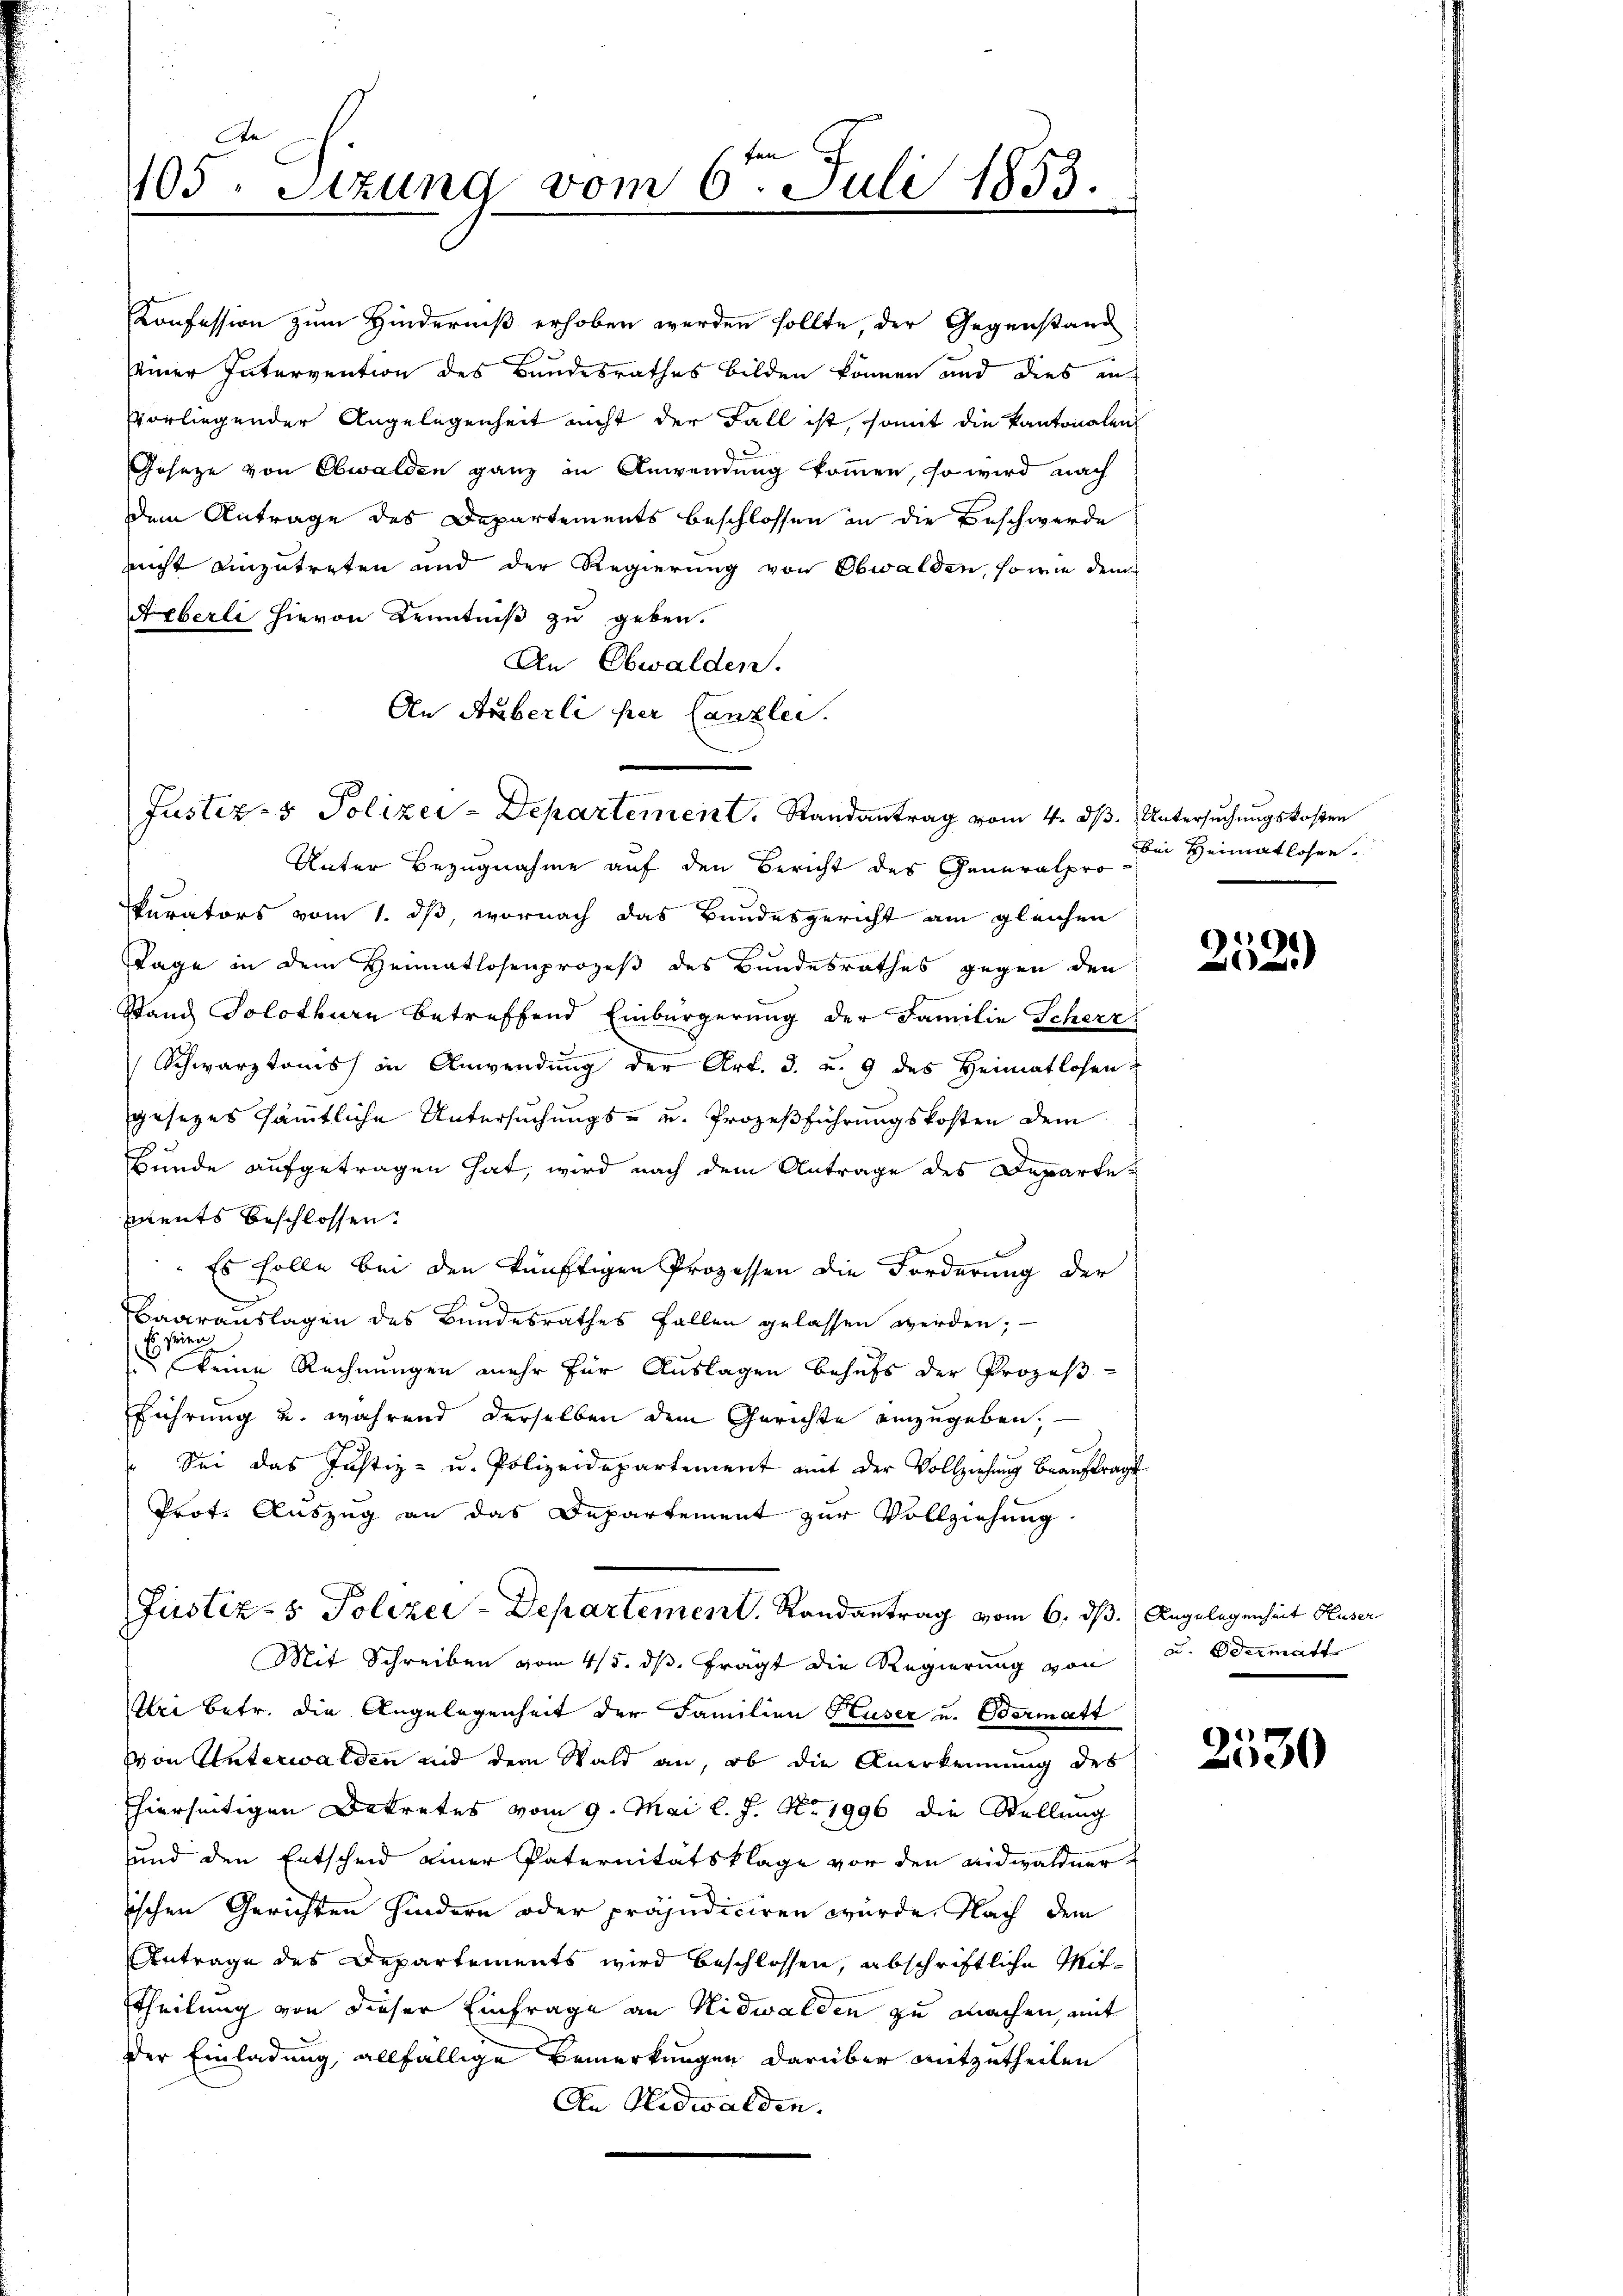
Ae
105. Sitzung vom 6ten Juli 1853.

Konfession zum Hinderniß erhoben werden sollte, der Gegenstand
einer Intervention des Bundesrathes bilden können und dies in
vorliegender Angelegenheit nicht der Fall ist, somit die Kantonalen
Gesetze von Obwalden ganz in Anwendung kommen, so wird nach
dem Antrage des Departements beschlossen in die Beschwerde
nicht einzutreten und der Regierung von Obwalden, sowie dem
Aeberli hievon Kenntniß zu geben.
An Obwalden.
An Auberli per Canzlei.
Unter Bezugnahme auf den Bericht des Generalpro
kurators vom 1. dß, wornach das Bundesgericht am gleichen
TTage in dem Heimatlosenprozeß des Bundesrathes gegen den
Stand Solothurn betreffend Einbürgerung der Familie Scherz
d
Schwarztoms in Anwendung der Art. 3. u. 9 des Heimatlosen:
gesezes sämmtliche Untersuchungs- u. Prozeßführungskosten dem
Bunde aufgetragen hat, wird nach dem Antrage des Departe-
ments beschlossen:
" Es solle bei den künftigen Prozessen die Forderung der
d
Baarauslagen des Bundesrathes Fallen gelassen werden;
.
seien
7
keine Rechnungen mehr für Auslagen behufs der Prozeß-
führung u. während derselben dem Gerichte einzugeben.
" Sei das Justiz- u. Polizeidepartement mit der Vollziehung beauftragt
Prot. Auszug an das Departement zur Vollziehung
Justiz- & Polizei-Departement. Randantrag vom 6. dß. Angelegenheit Huser
Mit Schreiben vom 4/5. ds. fragt die Regierung von
Uri betr. die Angelegenheit der Familien Huser u. Odermatt
Von Unterwalden und dem Wald an, ob die Anerkennung des
hierseitigen Betretes vom 9. Mai l. J. No. 1996 die Stellung
sund den Entscheid einer Paternitätsklage vor den Nidwaldner
ischen Gerichten hindern oder präjudiciren würde. Nach dem
Antrage des Departements wird beschlossen, abschriftliche Mit¬
Theilung von dieser Einfrage an Nidwalden zu machen, mit
der Einladung, allfällige Bemerkungen darüber mitzutheilen
An Nidwalden.

Justiz- & Polizei-Departement. Randantrag vom 4. ds. Untersuchungskosten

bei Heimatlosen.

g
i

u. Odermatt

2530